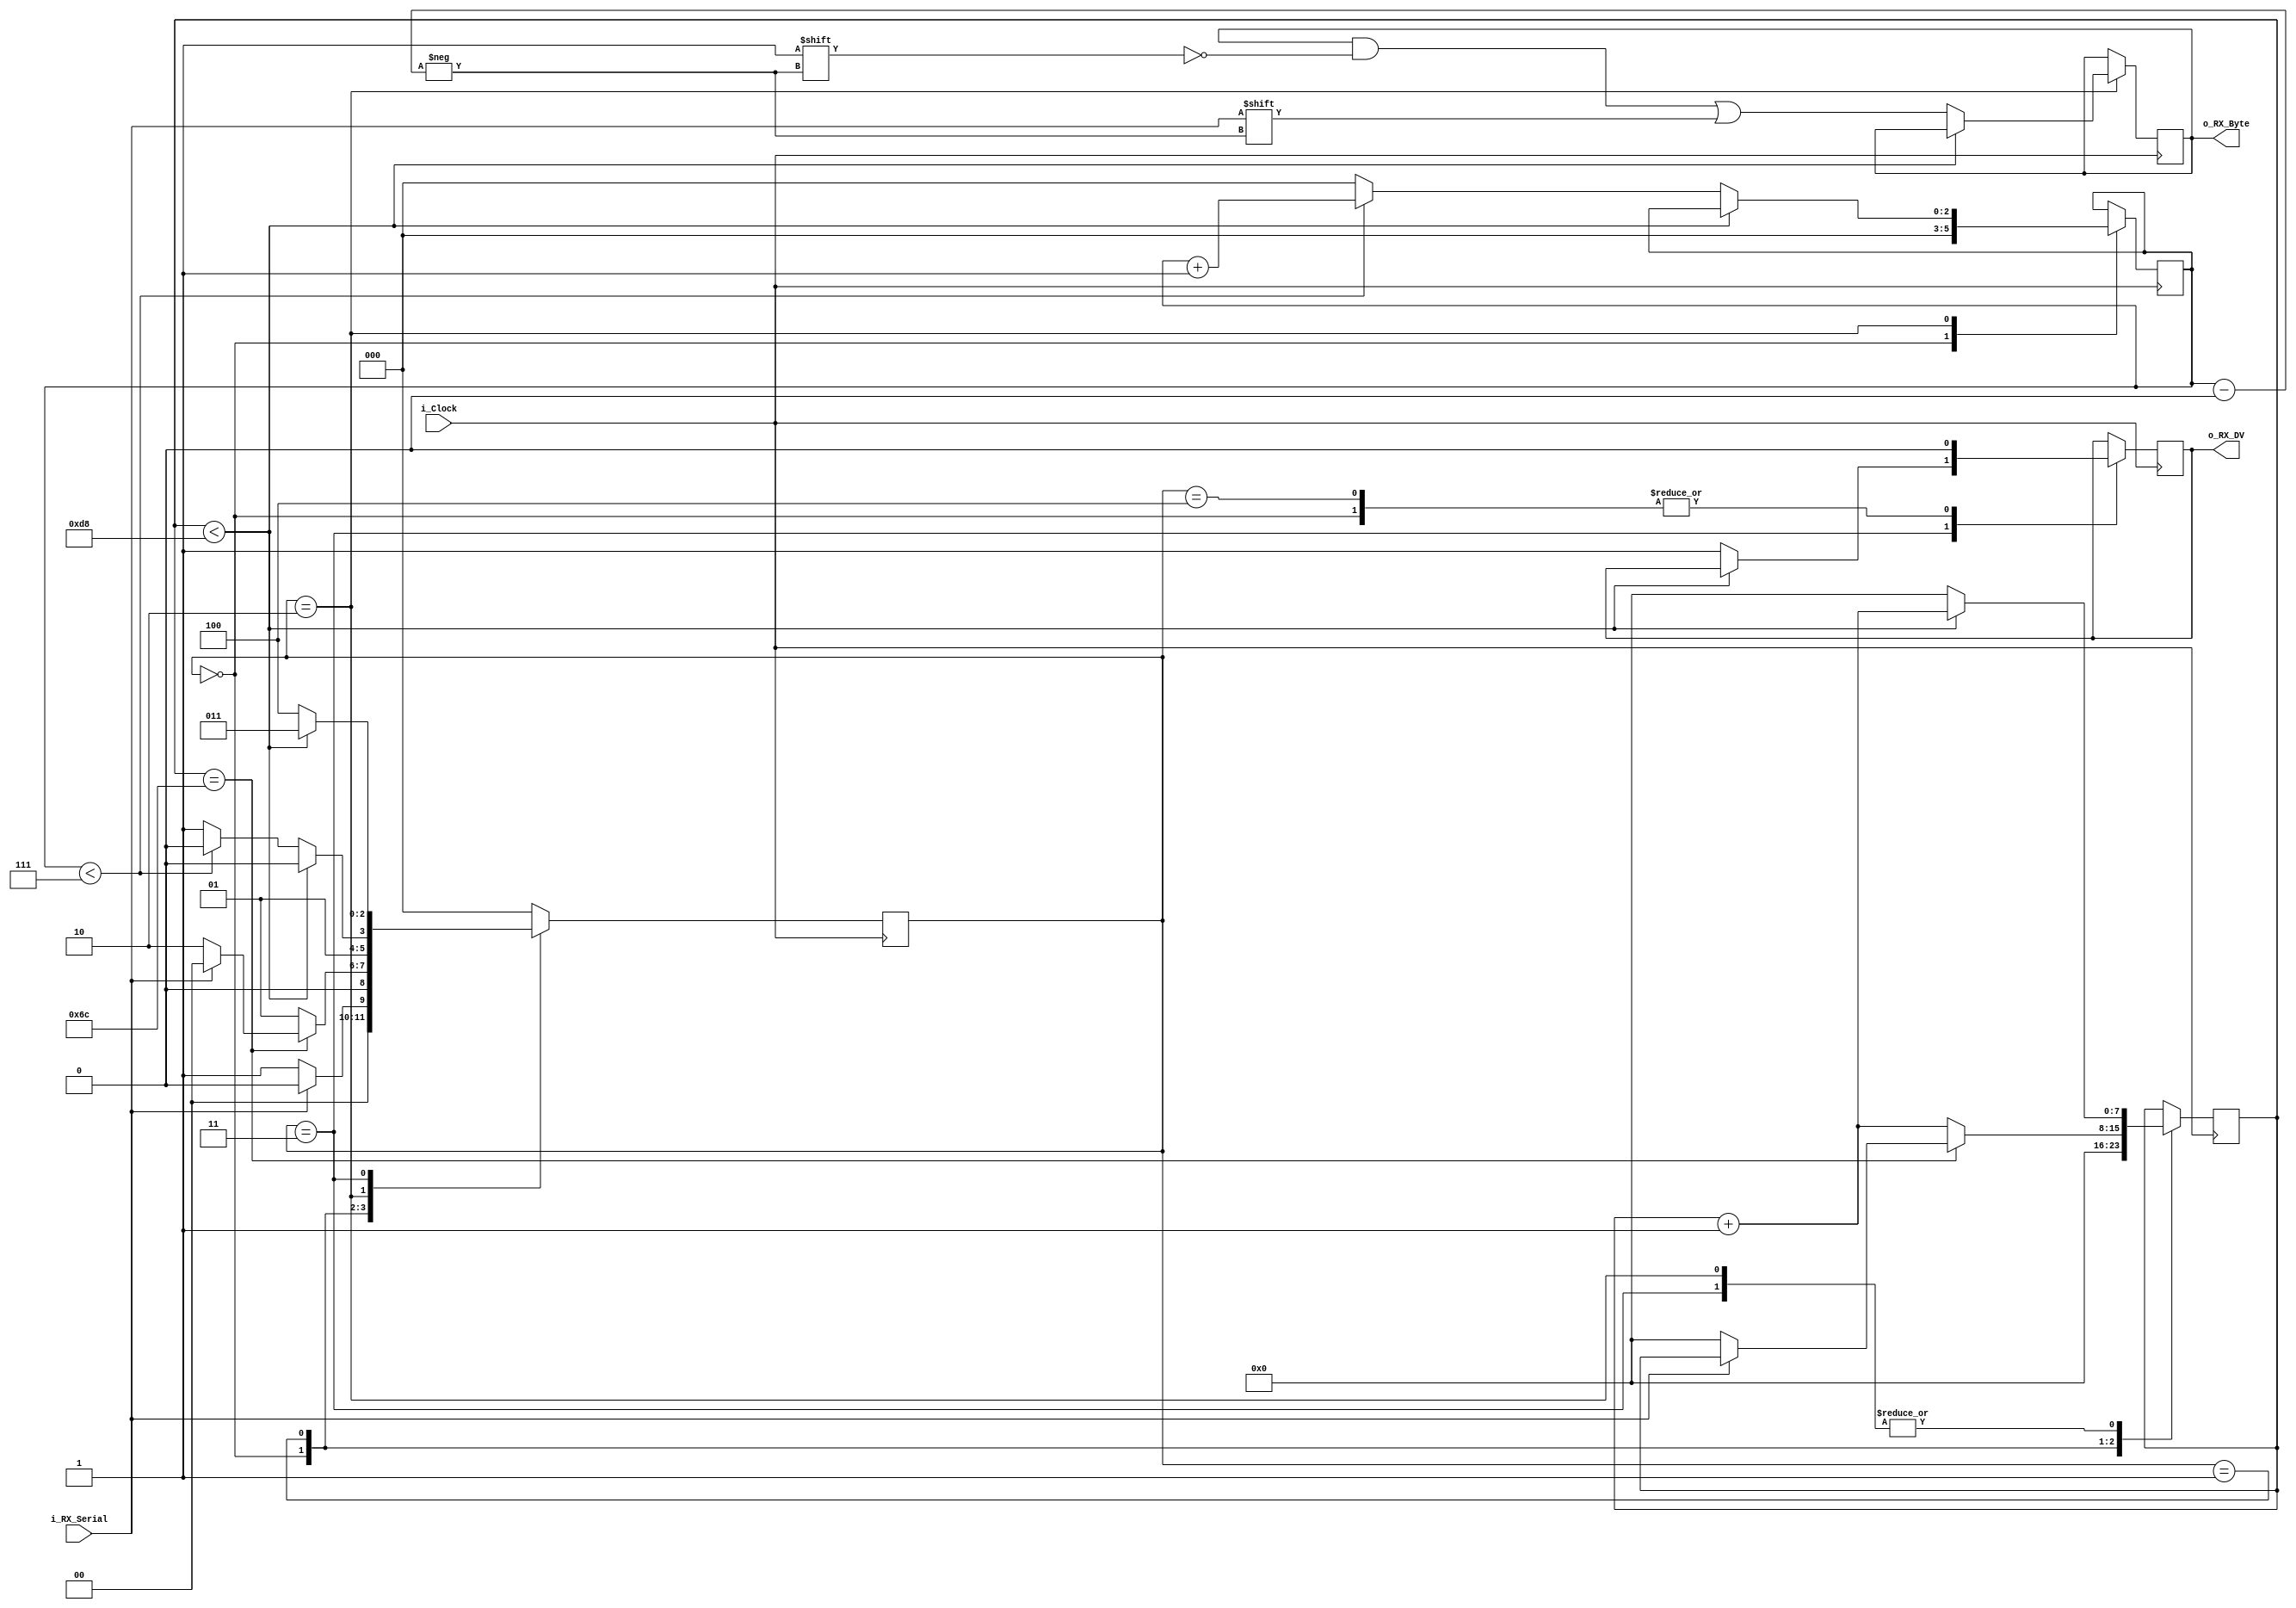
module UART_RX
  #(parameter CLKS_PER_BIT = 217)
  (
  input        i_Clock,
  input        i_RX_Serial,
  output       o_RX_DV,
  output [7:0] o_RX_Byte
  );
  
  parameter Start         = 3'b000;
  parameter  StartBit = 3'b001;
  parameter RX_databits
  = 3'b010;
  parameter Stopbit  = 3'b011;
  parameter Stop      = 3'b100;
  
  reg [7:0]     r_Clock_Count = 0;
  reg [2:0]     r_Bit_Index   = 0; //total number of 8 bits
  reg [7:0]     r_RX_Byte     = 0;
  reg           r_RX_DV       = 0;
  reg [2:0]     r_SM_Main     = 0;
  
  
  // Purpose: Control RX state machine
  always @(posedge i_Clock)
  begin
      
    case (r_SM_Main)
      Start :
        begin
          r_RX_DV       <= 1'b0;
          r_Clock_Count <= 0;
          r_Bit_Index   <= 0;
          
          if (i_RX_Serial == 1'b0)          // detection of start bit
            r_SM_Main <=  StartBit;
          else
            r_SM_Main <= Start;
        end
      
      // To check middle of start bit to make sure it's still low
        StartBit :
        begin
          if (r_Clock_Count == (CLKS_PER_BIT-1)/2)
          begin
            if (i_RX_Serial == 1'b0)
            begin
              r_Clock_Count <= 0;  // found middle, reset the counter 
              r_SM_Main     <= RX_databits
              ;
            end
            else
              r_SM_Main <= Start;
          end
          else
          begin
            r_Clock_Count <= r_Clock_Count + 1;
            r_SM_Main     <=  StartBit;
          end
        end // case:  StartBit
      
      
      // wait CLKS_PER_BIT-1 clock cycles to sample serial data
      RX_databits :
        begin
          if (r_Clock_Count < CLKS_PER_BIT-1)
          begin
            r_Clock_Count <= r_Clock_Count + 1;
            r_SM_Main     <= RX_databits
            ;
          end
          else
          begin
            r_Clock_Count          <= 0;
            r_RX_Byte[r_Bit_Index] <= i_RX_Serial;
            
            // To check if we have received all bits
            if (r_Bit_Index < 7)
            begin
              r_Bit_Index <= r_Bit_Index + 1;
              r_SM_Main   <= RX_databits
              ;
            end
            else
            begin
              r_Bit_Index <= 0;
              r_SM_Main   <= Stopbit;
            end
          end
        end // case: RX_databits

      
      
      // receive Stop bit.  Stop bit = 1
      Stopbit :
        begin
          // Wait CLKS_PER_BIT-1 clock cycles for Stop bit to finish
          if (r_Clock_Count < CLKS_PER_BIT-1)
          begin
            r_Clock_Count <= r_Clock_Count + 1;
     	     r_SM_Main     <= Stopbit;
          end
          else
          begin
       	     r_RX_DV       <= 1'b1;
            r_Clock_Count <= 0;
            r_SM_Main     <= Stop;
          end
        end // case: Stopbit
      
      
      // Stay here 1 clock
      Stop :
        begin
          r_SM_Main <= Start;
          r_RX_DV   <= 1'b0;
        end
      
      
      default :
        r_SM_Main <= Start;
      
    endcase
  end    
  
  assign o_RX_DV   = r_RX_DV;
  assign o_RX_Byte = r_RX_Byte;
  
endmodule